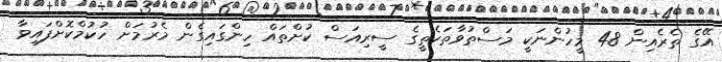
އޭގެ ތެރެއިން 48 މީހުންނަކީ މަސްތުވާތަކެތީގެ ސީރިއަސް ކުށްތައް ހިންގައިގެން މެރުމަށް ހުކުމްކޮށްފައިވާ